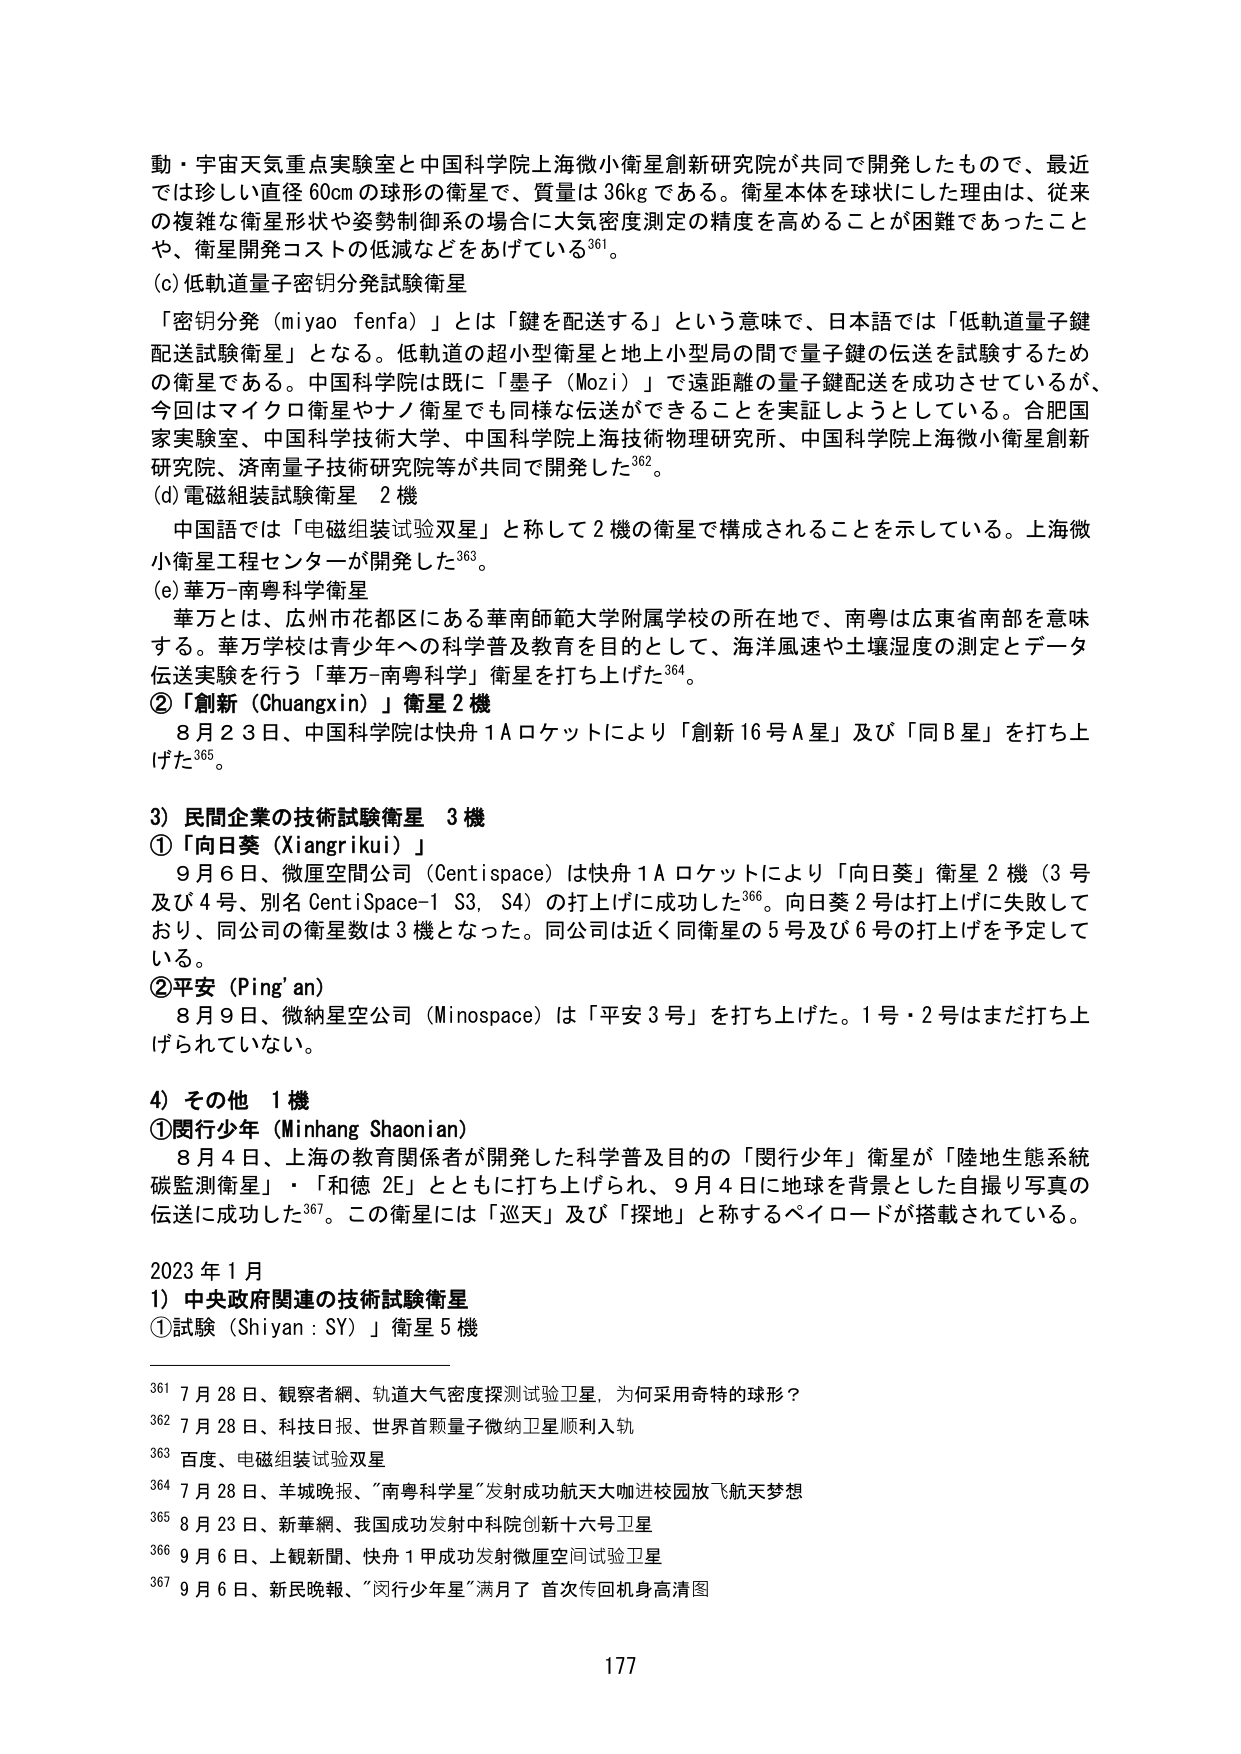
動・宇宙天気重点実験室と中国科学院上海微小衛星創新研究院が共同で開発したもので、最近では珍しい直径 60cm の球形の衛星で、質量は 36kg である。衛星本体を球状にした理由は、従来の複雑な衛星形状や姿勢制御系の場合に大気密度測定の精度を高めることが困難であったことや、衛星開発コストの低減などをあげている³⁶¹。

(c) 低軌道量子密钥分発試験衛星

「密钥分発（miyao fenfa）」とは「鍵を配送する」という意味で、日本語では「低軌道量子鍵配送試験衛星」となる。低軌道の超小型衛星と地上小型局の間で量子鍵の伝送を試験するための衛星である。中国科学院は既に「墨子（Mozi）」で遠距離の量子鍵配送を成功させているが、今回はマイクロ衛星やナノ衛星でも同様な伝送ができることを実証しようとしている。合肥国家実験室、中国科学技術大学、中国科学院上海技術物理研究所、中国科学院上海微小衛星創新研究院、済南量子技術研究院等が共同で開発した³⁶²。

(d) 電磁組装試験衛星　2機

中国語では「电磁组装试验双星」と称して 2 機の衛星で構成されることを示している。上海微小衛星工程センターが開発した³⁶³。

(e) 華万-南粵科学衛星

華万とは、広州市花都区にある華南師範大学附属学校の所在地で、南粵は広東省南部を意味する。華万学校は青少年への科学普及教育を目的として、海洋風速や土壌湿度の測定とデータ伝送実験を行う「華万-南粵科学」衛星を打ち上げた³⁶⁴。

②「創新（Chuangxin）」衛星 2機

8月23日、中国科学院は快舟1Aロケットにより「創新16号A星」及び「同B星」を打ち上げた³⁶⁵。

3）民間企業の技術試験衛星　3機

①「向日葵（Xiangrikui）」

9月6日、微厘空間公司（Centispace）は快舟1Aロケットにより「向日葵」衛星2機（3号及び4号、別名 CentiSpace-1 S3, S4）の打上げに成功した³⁶⁶。向日葵2号は打上げに失敗しており、同公司的衛星数は3機となった。同公司は近く同衛星の5号及び6号の打上げを予定している。

②平安（Ping’an）

8月9日、微納星空公司（Minospace）は「平安3号」を打ち上げた。1号・2号はまだ打ち上げられていない。

4）その他　1機

①閔行少年（Minhang Shaonian）

8月4日、上海の教育関係者が開発した科学普及目的の「閔行少年」衛星が「陸地生態系統碳監測衛星」・「和徳 2E」とともに打ち上げられ、9月4日に地球を背景とした自撮り写真の伝送に成功した³⁶⁷。この衛星には「巡天」及び「探地」と称するペイロードが搭載されている。

2023年1月

1）中央政府関連の技術試験衛星

①試験（Shiyan : SY）」衛星 5機

³⁶¹ 7月28日、観察者網、軌道大気密度探測試験衛星、为何采用奇特的球形？

³⁶² 7月28日、科技日报、世界首颗量子微纳卫星顺利入轨

³⁶³ 百度、电磁组装试验双星

³⁶⁴ 7月28日、羊城晚报、“南粤科学星”发射成功航天大咖进校园放飞航天梦想

³⁶⁵ 8月23日、新華網、我国成功发射中科院创新十六号卫星

³⁶⁶ 9月6日、上観新聞、快舟1甲成功发射微厘空间试验卫星

³⁶⁷ 9月6日、新民晚报、“闵行少年星”满月了 首次传回机身高清图

177